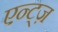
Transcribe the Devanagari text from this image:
एन्ट्ज़